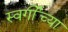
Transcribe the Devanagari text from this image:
स्वर्गींच्या